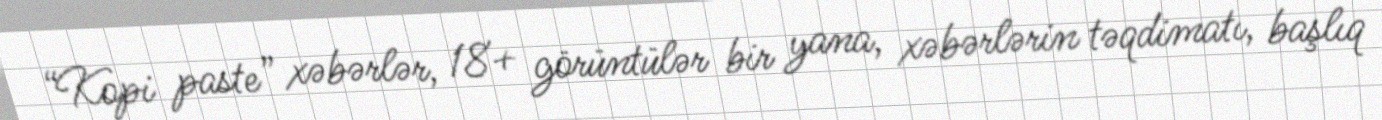
“Kopi paste” xəbərlər, 18+ görüntülər bir yana, xəbərlərin təqdimatı, başlıq